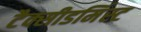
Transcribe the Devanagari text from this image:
टैक्सीडर्मिस्ट